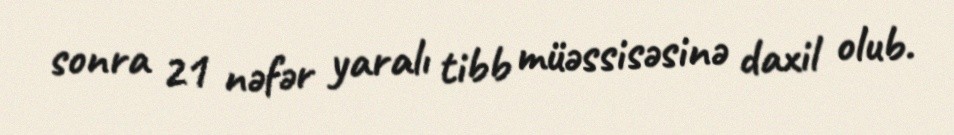
sonra 21 nəfər yaralı tibb müəssisəsinə daxil olub.